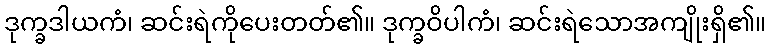
ဒုက္ခဒါယကံ၊ ဆင်းရဲကိုပေးတတ်၏။ ဒုက္ခဝိပါကံ၊ ဆင်းရဲသောအကျိုးရှိ၏။